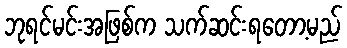
ဘုရင်မင်းအဖြစ်က သက်ဆင်းရတော့မည်